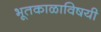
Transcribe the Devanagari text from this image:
भूतकाळाविषयी